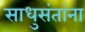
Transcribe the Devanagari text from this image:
साधुसंतांना